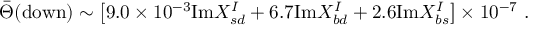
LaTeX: \bar { \Theta } ( \mathrm { d o w n } ) \sim \left[ 9 . 0 \times 1 0 ^ { - 3 } \mathrm { I m } X _ { s d } ^ { I } + 6 . 7 \mathrm { I m } X _ { b d } ^ { I } + 2 . 6 \mathrm { I m } X _ { b s } ^ { I } \right] \times 1 0 ^ { - 7 } \ .